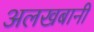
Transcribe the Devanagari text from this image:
अलखबानी